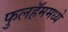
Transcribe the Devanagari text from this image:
फुलहॅममध्ये